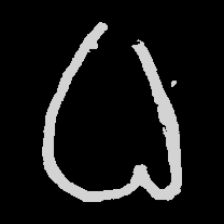
Pyu character \u2014 Myanmar letter: ဓ (romanized: dha)